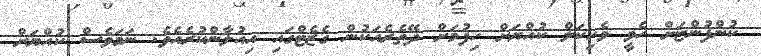
ކުންފުންޏަށް ހެވީ ވެހިކަލް ކުއްޔަށް ހިފުމަށް ދޭތެރެއަކުން ގެޒެޓްގައި އިއުލާންކުރެއެވެ. ނަމަވެސް ކުއްޔަށް